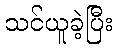
သင်ယူခဲ့ပြီး